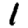
Digit: 1